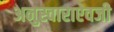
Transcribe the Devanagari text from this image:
अनुस्वाराऐवजी